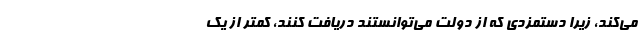
می‌کند، زیرا دستمزدی که از دولت می‌توانستند دریافت کنند، کمتر از یک